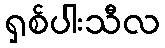
ရှစ်ပါးသီလ